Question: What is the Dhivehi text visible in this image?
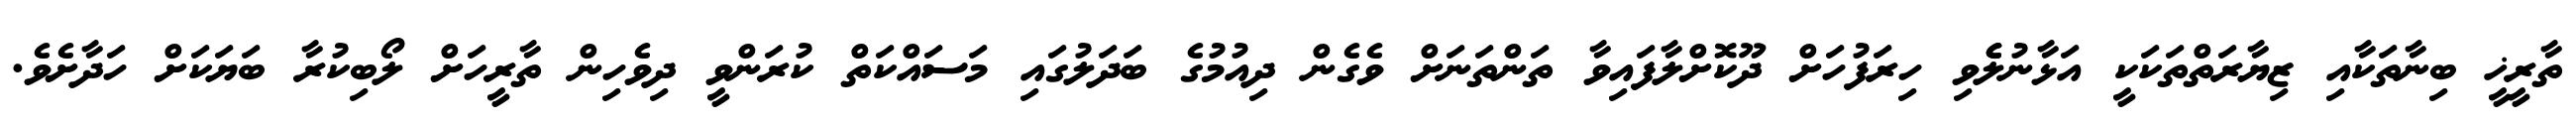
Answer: ތާރީޚީ ބިނާތަކާއި ޒިޔާރަތްތަކަކީ އަޅާނުލެެވި ހިރަފުހަށް ދޫކޮށްލާފައިވާ ތަންތަނަށް ވެގެން ދިއުމުގެ ބަދަލުގައި މަސައްކަތް ކުރަންވީ ދިވެހިން ތާރީހަށް ލޯބިކުރާ ބަޔަކަށް ހަދާށެވެ.